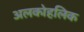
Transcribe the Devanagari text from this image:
अलकोहलिक